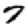
Digit: 7